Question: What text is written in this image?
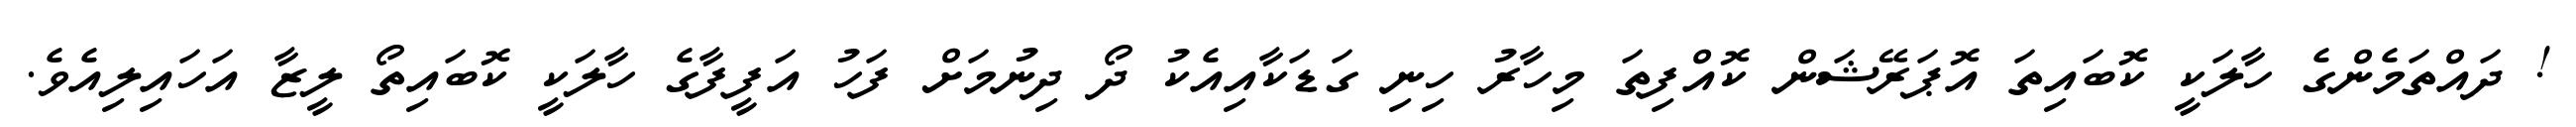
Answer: ! ދައްތަމެންގެ ހާލަކީ ކޮބައިތަ އޮޕަރޭޝަން ކޮއްފިތަ މިހާރު ހިނި ގަޑަކާއިއެކު ދޯ ދިނުމަށް ފަހު އަފީފާގެ ހާލަކީ ކޮބައިތޯ ލީޒާ އަހައިލިއެވެ.